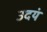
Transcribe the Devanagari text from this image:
उदयं